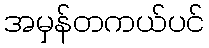
အမှန်တကယ်ပင်